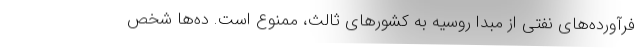
فرآورده‌های نفتی از مبدا روسیه به کشورهای ثالث، ممنوع است. ده‌ها شخص